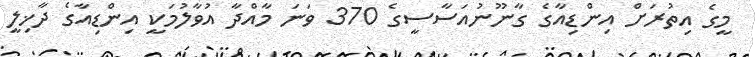
މީގެ އިތުރަށް އިންޑިއާގެ ގާނޫނުއަސާސީގެ 370 ވަނަ މާއްދާ އުވާލުމަކީ އިންޑިއާގެ ދާޚިލީ